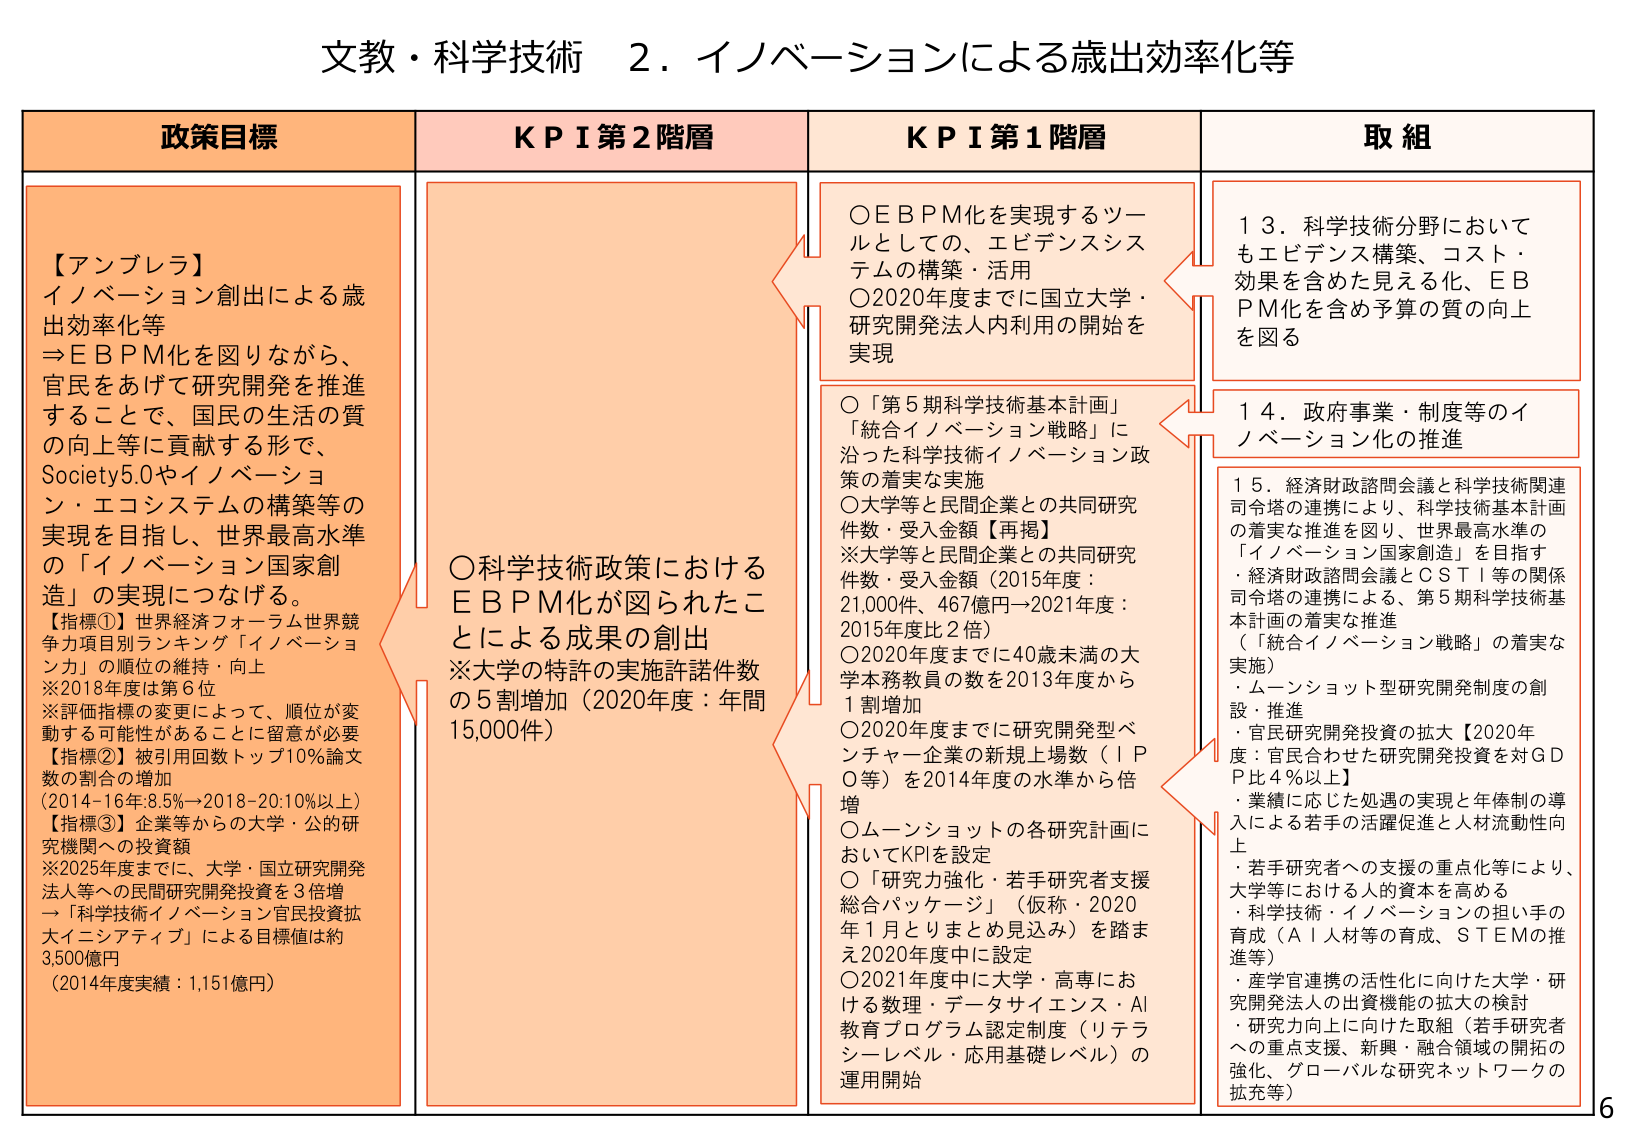
文教・科学技術 2．イノベーションによる歳出効率化等

政策目標
【アンブレラ】
イノベーション創出による歳出効率化等
⇒ＥＢＰＭ化を図りながら、官民をあげて研究開発を推進することで、国民の生活の質の向上等に貢献する形で、Society5.0やイノベーション・エコシステムの構築等の実現を目指し、世界最高水準の「イノベーション国家創造」の実現につなげる。
【指標①】世界経済フォーラム世界競争力項目別ランキング「イノベーション力」の順位の維持・向上
※2018年度は第6位
※評価指標の変更によって、順位が変動する可能性があることに留意が必要
【指標②】被引用回数トップ10%論文数の割合の増加
（2014-16年:8.5%→2018-20:10%以上）
【指標③】企業等からの大学・公的研究機関への投資額
※2025年度までに、大学・国立研究開発法人等への民間研究開発投資を3倍増
→「科学技術イノベーション官民投資拡大イニシアティブ」による目標値は約3,500億円
（2014年度実績：1,151億円）

ＫＰＩ第２階層
〇科学技術政策におけるＥＢＰＭ化が図られたことによる成果の創出
※大学の特許の実施許諾件数の5割増加（2020年度：年間15,000件）

ＫＰＩ第１階層
〇ＥＢＰＭ化を実現するツールとしての、エビデンスシステムの構築・活用
〇2020年度までに国立大学・研究開発法人内利用の開始を実現
〇「第5期科学技術基本計画」「統合イノベーション戦略」に沿った科学技術イノベーション政策の着実な実施
〇大学等と民間企業との共同研究件数・受入金額【再掲】
※大学等と民間企業との共同研究件数・受入金額（2015年度：21,000件、467億円→2021年度：2015年度比2倍）
〇2020年度までに40歳未満の大学本務教員の数を2013年度から1割増加
〇2020年度までに研究開発型ベンチャー企業の新規上場数（ＩＰＯ等）を2014年度の水準から倍増
〇ムーンショットの各研究計画においてKPIを設定
〇「研究力強化・若手研究者支援総合パッケージ」（仮称・2020年1月とりまとめ見込み）を踏まえ2020年度中に設定
〇2021年度中に大学・高専における数理・データサイエンス・AI教育プログラム認定制度（リテラシーレベル・応用基礎レベル）の運用開始

取組
13．科学技術分野においてもエビデンス構築、コスト・効果を含めた見える化、ＥＢＰＭ化を含め予算の質の向上を図る
14．政府事業・制度等のイノベーション化の推進
15．経済財政諮問会議と科学技術関連司令塔の連携により、科学技術基本計画の着実な推進を図り、世界最高水準の「イノベーション国家創造」を目指す
・経済財政諮問会議とＣＳＴＩ等の関係司令塔の連携による、第5期科学技術基本計画の着実な推進
（「統合イノベーション戦略」の着実な実施）
・ムーンショット型研究開発制度の創設・推進
・官民研究開発投資の拡大【2020年度：官民合わせた研究開発投資を対ＧＤＰ比4％以上】
・業績に応じた処遇の実現と年俸制の導入による若手の活躍促進と人材流動性向上
・若手研究者への支援の重点化等により、大学等における人的資本を高める
・科学技術・イノベーションの担い手の育成（ＡＩ人材等の育成、ＳＴＥＭの推進等）
・産学官連携の活性化に向けた大学・研究開発法人の出資機能の拡大の検討
・研究力向上に向けた取組（若手研究者への重点支援、新興・融合領域の開拓の強化、グローバルな研究ネットワークの拡充等）

6